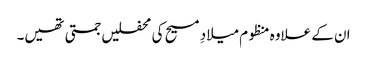
ان کے علاوہ منظوم میلادِ مسیح کی محفلیں جمتی تھیں۔